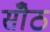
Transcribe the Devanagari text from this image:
सोँठ